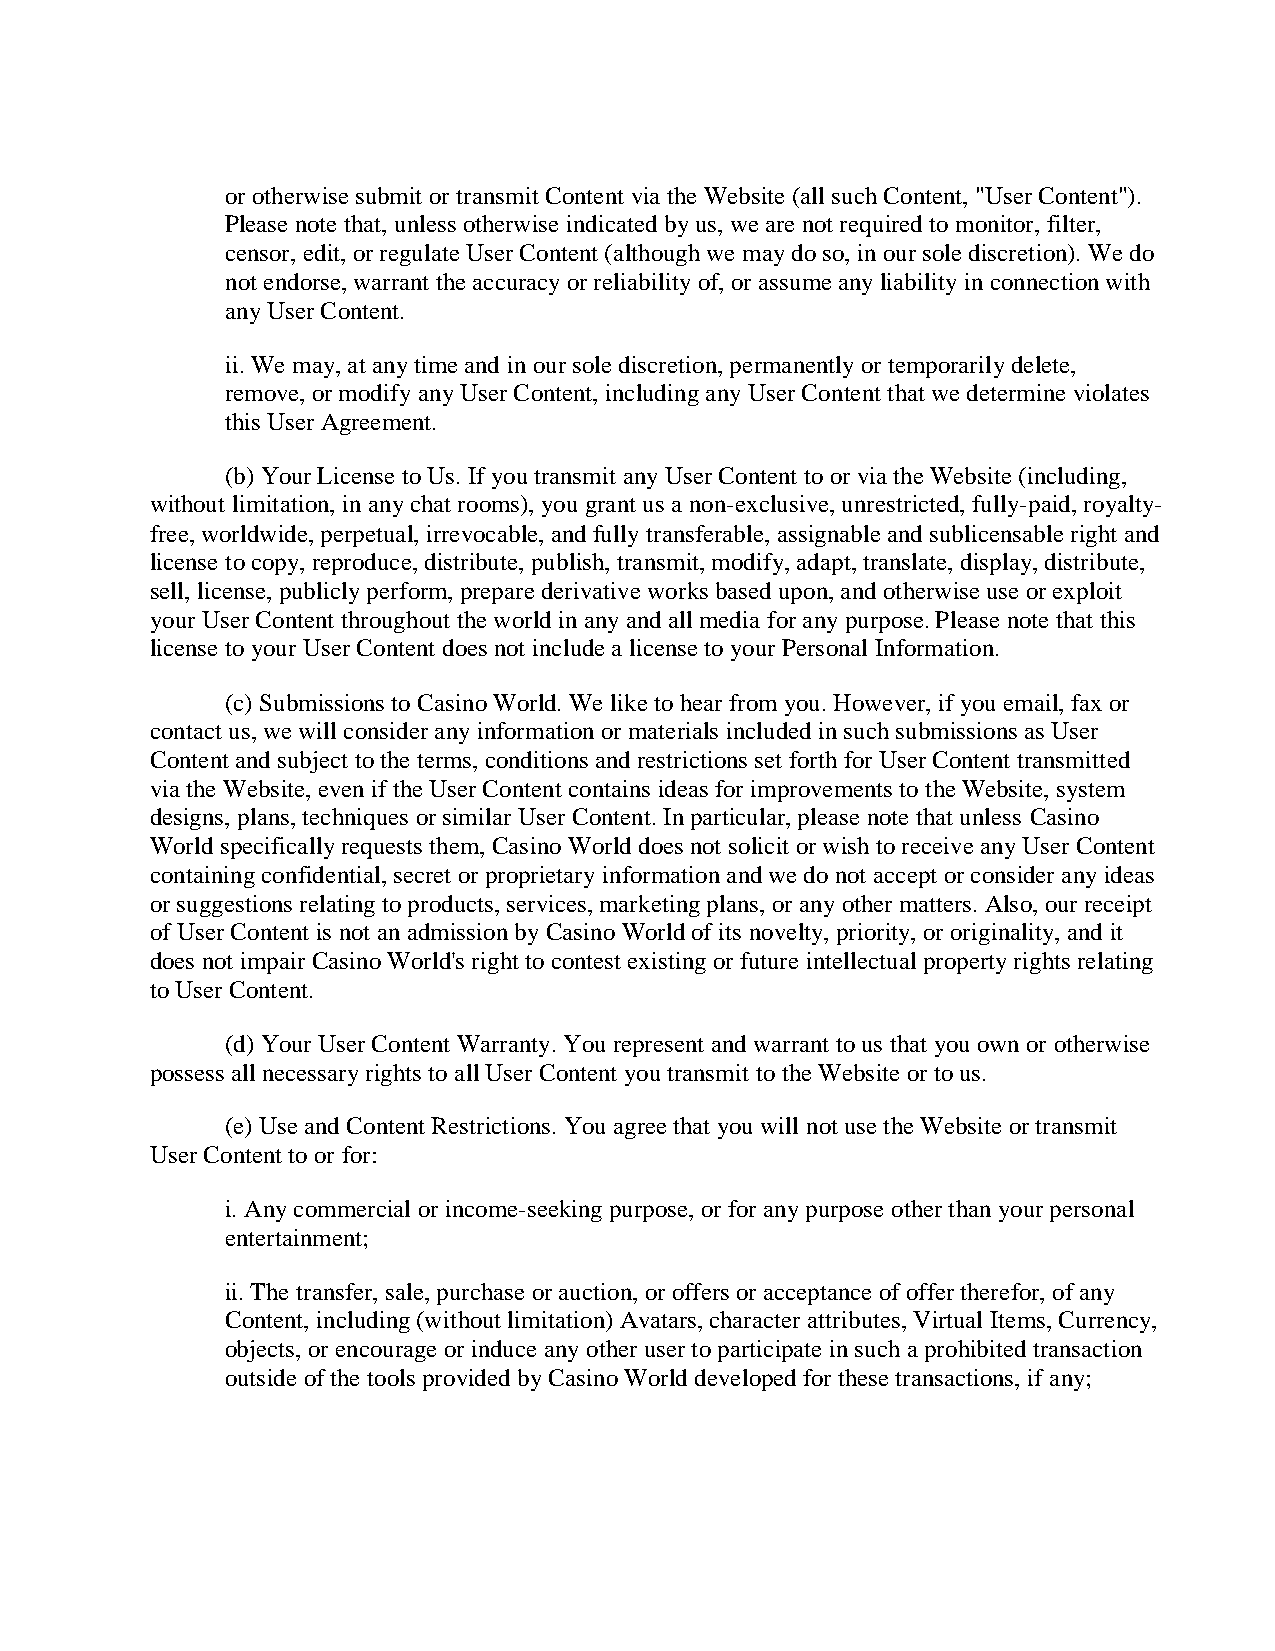
or otherwise submit or transmit Content via the Website (all such Content, "User Content").
 Please note that, unless otherwise indicated by us, we are not required to monitor, filter,
 censor, edit, or regulate User Content (although we may do so, in our sole discretion). We do
 not endorse, warrant the accuracy or reliability of, or assume any liability in connection with
 any User Content.
 ii. We may, at any time and in our sole discretion, permanently or temporarily delete,
 remove, or modify any User Content, including any User Content that we determine violates
 this User Agreement.
 (b) Your License to Us. If you transmit any User Content to or via the Website (including,
 without limitation, in any chat rooms), you grant us a non-exclusive, unrestricted, fully-paid, royalty-
 free, worldwide, perpetual, irrevocable, and fully transferable, assignable and sublicensable right and
 license to copy, reproduce, distribute, publish, transmit, modify, adapt, translate, display, distribute,
 sell, license, publicly perform, prepare derivative works based upon, and otherwise use or exploit
 your User Content throughout the world in any and all media for any purpose. Please note that this
 license to your User Content does not include a license to your Personal Information.
 (c) Submissions to Casino World. We like to hear from you. However, if you email, fax or
 contact us, we will consider any information or materials included in such submissions as User
 Content and subject to the terms, conditions and restrictions set forth for User Content transmitted
 via the Website, even if the User Content contains ideas for improvements to the Website, system
 designs, plans, techniques or similar User Content. In particular, please note that unless Casino
 World specifically requests them, Casino World does not solicit or wish to receive any User Content
 containing confidential, secret or proprietary information and we do not accept or consider any ideas
 or suggestions relating to products, services, marketing plans, or any other matters. Also, our receipt
 of User Content is not an admission by Casino World of its novelty, priority, or originality, and it
 does not impair Casino World's right to contest existing or future intellectual property rights relating
 to User Content.
 (d) Your User Content Warranty. You represent and warrant to us that you own or otherwise
 possess all necessary rights to all User Content you transmit to the Website or to us.
 (e) Use and Content Restrictions. You agree that you will not use the Website or transmit
 User Content to or for:
 i. Any commercial or income-seeking purpose, or for any purpose other than your personal
 entertainment;
 ii. The transfer, sale, purchase or auction, or offers or acceptance of offer therefor, of any
 Content, including (without limitation) Avatars, character attributes, Virtual Items, Currency,
 objects, or encourage or induce any other user to participate in such a prohibited transaction
 outside of the tools provided by Casino World developed for these transactions, if any;